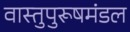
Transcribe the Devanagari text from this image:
वास्तुपुरूषमंडल